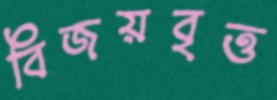
বিজয়বৃত্ত